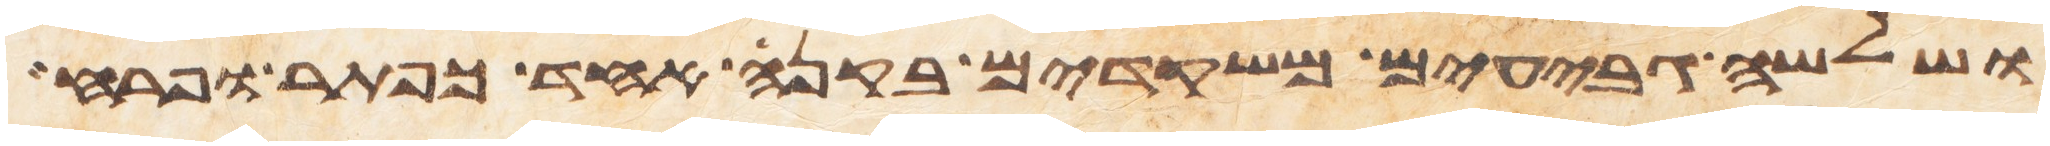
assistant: ושלשה גבעים משקדים בקנה אחד כפתר ופרח